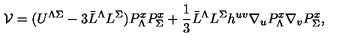
{ \cal V } = ( U ^ { \Lambda \Sigma } - 3 \bar { L } ^ { \Lambda } L ^ { \Sigma } ) P _ { \Lambda } ^ { x } P _ { \Sigma } ^ { x } + \frac 1 3 \bar { L } ^ { \Lambda } L ^ { \Sigma } h ^ { u v } \nabla _ { u } P _ { \Lambda } ^ { x } \nabla _ { v } P _ { \Sigma } ^ { x } ,